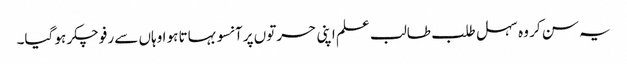
یہ سن کر وہ سہل طلب طالب علم اپنی حسرتوں پر آنسو بہاتا ہو ا وہاں سے رفو چکر ہو گیا۔